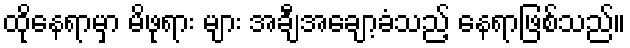
ထိုနေရာမှာ မိဖုရား များ အချီအချော့ခံသည့် နေရာဖြစ်သည်။